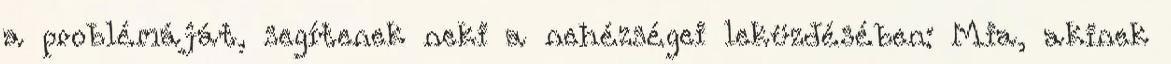
a problémáját, segítenek neki a nehézségei leküzdésében: Mia, akinek